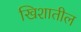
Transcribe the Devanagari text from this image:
खिशातील